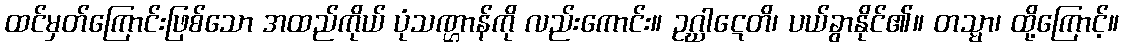
ထင်မှတ်ကြောင်းဖြစ်သော အထည်ကိုယ် ပုံသဏ္ဌာန်ကို လည်းကောင်း။ ဥဂ္ဃါဋေတိ၊ ပယ်ခွာနိုင်၏။ တသ္မာ၊ ထို့ကြောင့်။